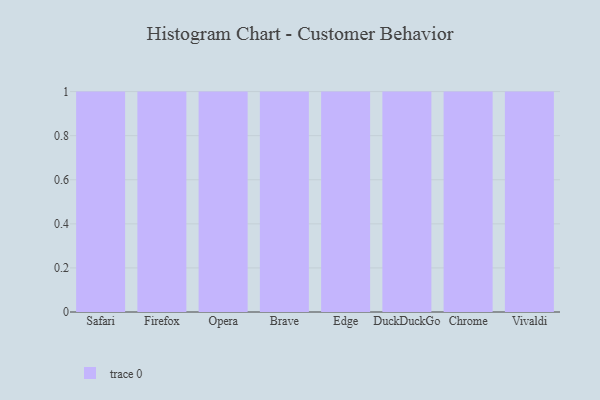
{"axis": {"x": "Browser", "y": "Population (Million)"}, "legend": [""], "data": [{"x": "Safari", "y": 58, "type": ""}, {"x": "Firefox", "y": 59, "type": ""}, {"x": "Opera", "y": 59, "type": ""}, {"x": "Brave", "y": 82, "type": ""}, {"x": "Edge", "y": 42, "type": ""}, {"x": "DuckDuckGo", "y": 1, "type": ""}, {"x": "Chrome", "y": 32, "type": ""}, {"x": "Vivaldi", "y": 55, "type": ""}]}